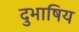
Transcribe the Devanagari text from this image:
दुभाषिय